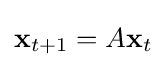
{\textbf {x}}_{t+1}=A{\textbf {x}}_{t}